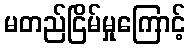
မတည်ငြိမ်မှုကြောင့်